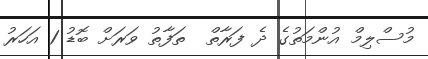
މުސްލިމް އުންމަތުގެ ދެ ފަރާތް  ތަފާތު ވަރަށް ބޮޑު 1 އަހަރު